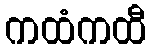
ကထံကထီ